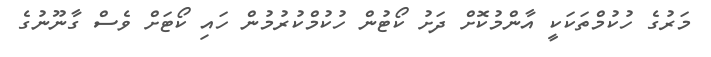
މަރުގެ ހުކުމްތަކަކީ އާންމުކޮށް ދަށު ކޯޓުން ހުކުމްކުރުމުން ހައި ކޯޓަށް ވެސް ގާނޫނުގެ